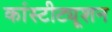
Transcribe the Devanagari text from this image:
कांस्टीट्यूशन